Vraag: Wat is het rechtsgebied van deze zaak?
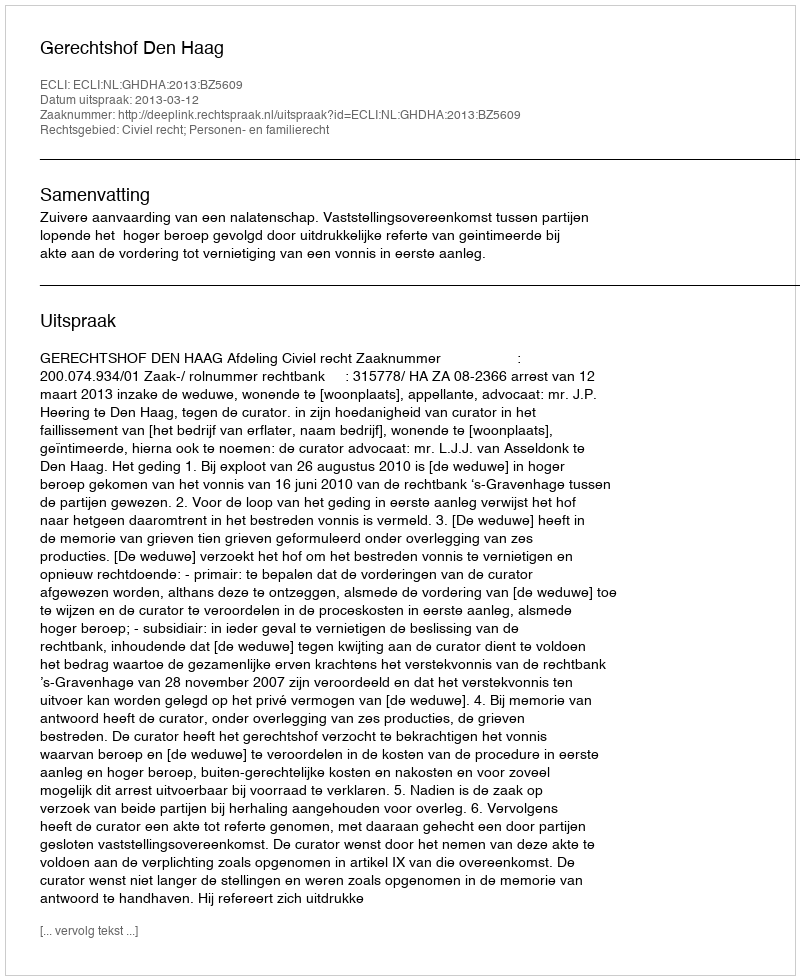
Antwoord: Civiel recht; Personen- en familierecht